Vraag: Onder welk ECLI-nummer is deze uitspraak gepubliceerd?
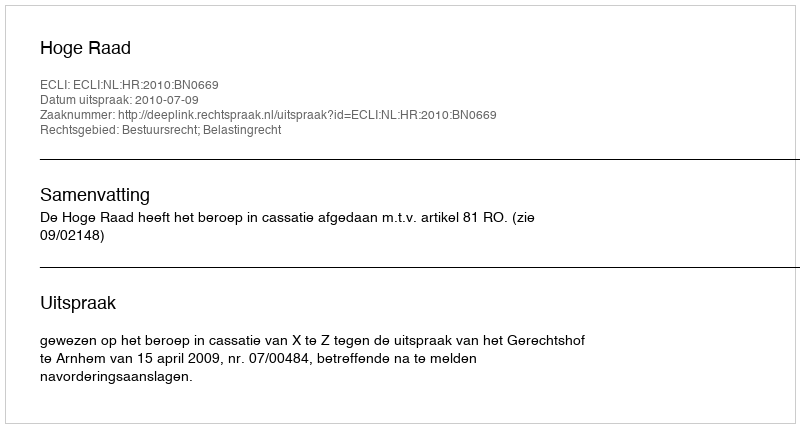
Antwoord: ECLI:NL:HR:2010:BN0669